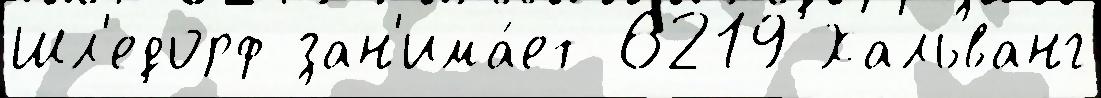
Шл'едорф зан'има́ет 6219 Хальванг